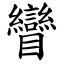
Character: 矕